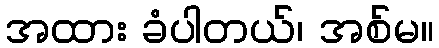
အထား ခံပါတယ်၊ အစ်မ။